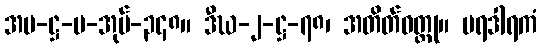
အပ-ဋ္ဌ-ပ-အုပ်-၃၄၈။ ဒီဃ-၂-ဋ္ဌ-၇၈၊ အတိတ်ဝတ္ထု။ ပရဒါရကံ